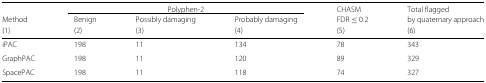
<table><thead><tr><td></td><td colspan="3"><b>Polyphen-2</b></td><td><b>CHASM</b></td><td><b>Total flagged</b></td></tr><tr><td><b>Method</b></td><td><b>Benign</b></td><td><b>Possibly damaging</b></td><td><b>Probably damaging</b></td><td><b>FDR ≤ 0.2</b></td><td><b>by quaternary approach</b></td></tr><tr><td><b>(1)</b></td><td><b>(2)</b></td><td><b>(3)</b></td><td><b>(4)</b></td><td><b>(5)</b></td><td><b>(6)</b></td></tr></thead><tbody><tr><td>iPAC</td><td>198</td><td>11</td><td>134</td><td>78</td><td>343</td></tr><tr><td>GraphPAC</td><td>198</td><td>11</td><td>120</td><td>89</td><td>329</td></tr><tr><td>SpacePAC</td><td>198</td><td>11</td><td>118</td><td>74</td><td>327</td></tr></tbody></table>